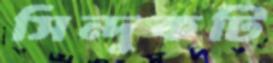
সিন্দুকটি